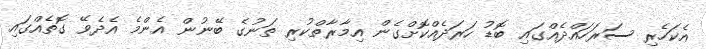
އެކަހެރި ސަރަހައްދެއްގައި ބޮޑު ހަރަދެއްކޮށްގެން އިމާރާތްކުރި ތަނުގެ ބޭނުން އެންމެ އެދެވޭ ގޮތެއްގައި